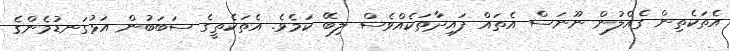
އެތަކެތިން ގެއްލުން ނޫނަސް އެތައް ފައިދާތަކެއްވެސް ލިބޭ ކަމެވެ. އެތަކެތީގެ ސަބަބުން އަޅުގަނޑުމެންގެ